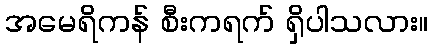
အမေရိကန် စီးကရက် ရှိပါသလား။